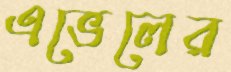
এভেলের